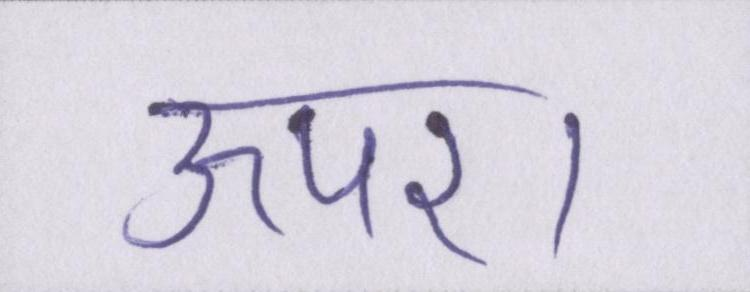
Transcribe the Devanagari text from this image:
ऊपर।